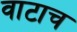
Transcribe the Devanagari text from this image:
वाटाच